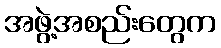
အဖွဲ့အစည်းတွေက